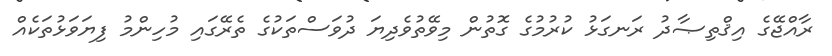
ރާއްޖޭގެ އިޤްތިޞާދު ރަނގަޅު ކުރުމުގެ ގޮތުން މިވޭތުވެދިޔަ ދުވަސްތަކުގެ ތެރޭގައި މުހިންމު ފިޔަވަޅުތަކެއް